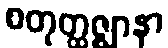
စတုတ္ထဇ္ဈာနာ